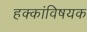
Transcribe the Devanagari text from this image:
हक्कांविषयक